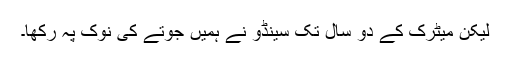
لیکن میٹرک کے دو سال تک سینڈو نے ہمیں جوتے کی نوک پہ رکھا۔